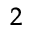
_ 2